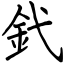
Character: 釴